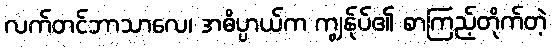
လက်တင်ဘာသာလေ၊ အဓိပ္ပာယ်က ကျွန်ုပ်၏ စာကြည့်တိုက်တဲ့